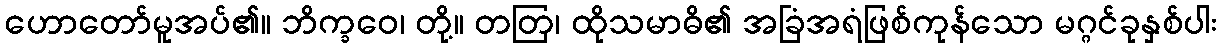
ဟောတော်မူအပ်၏။ ဘိက္ခဝေ၊ တို့။ တတြ၊ ထိုသမာဓိ၏ အခြံအရံဖြစ်ကုန်သော မဂ္ဂင်ခုနှစ်ပါး